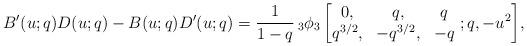
LaTeX: \begin{align*} B'(u;q)D(u;q)-B(u;q)D'(u;q)= \frac{1}{1-q}\,_{3}\phi_{3}\left[\begin{matrix} 0, & q, & q\\ q^{3/2}, & -q^{3/2}, & -q \end{matrix}\ ;q, -u^{2} \right]\!, \end{align*}